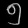
Digit: ၅